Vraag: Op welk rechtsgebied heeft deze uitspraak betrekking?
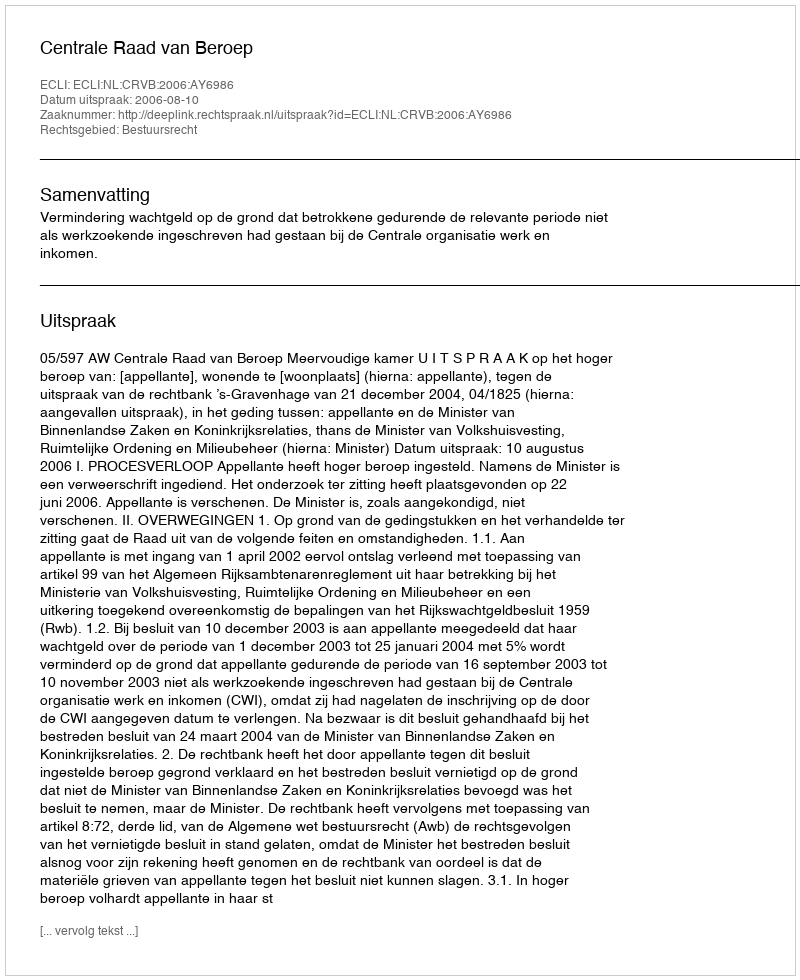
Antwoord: Bestuursrecht